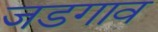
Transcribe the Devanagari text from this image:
जडगाव